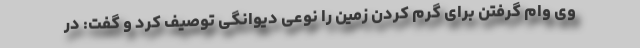
وی وام گرفتن برای گرم کردن زمین را نوعی دیوانگی توصیف کرد و گفت: در